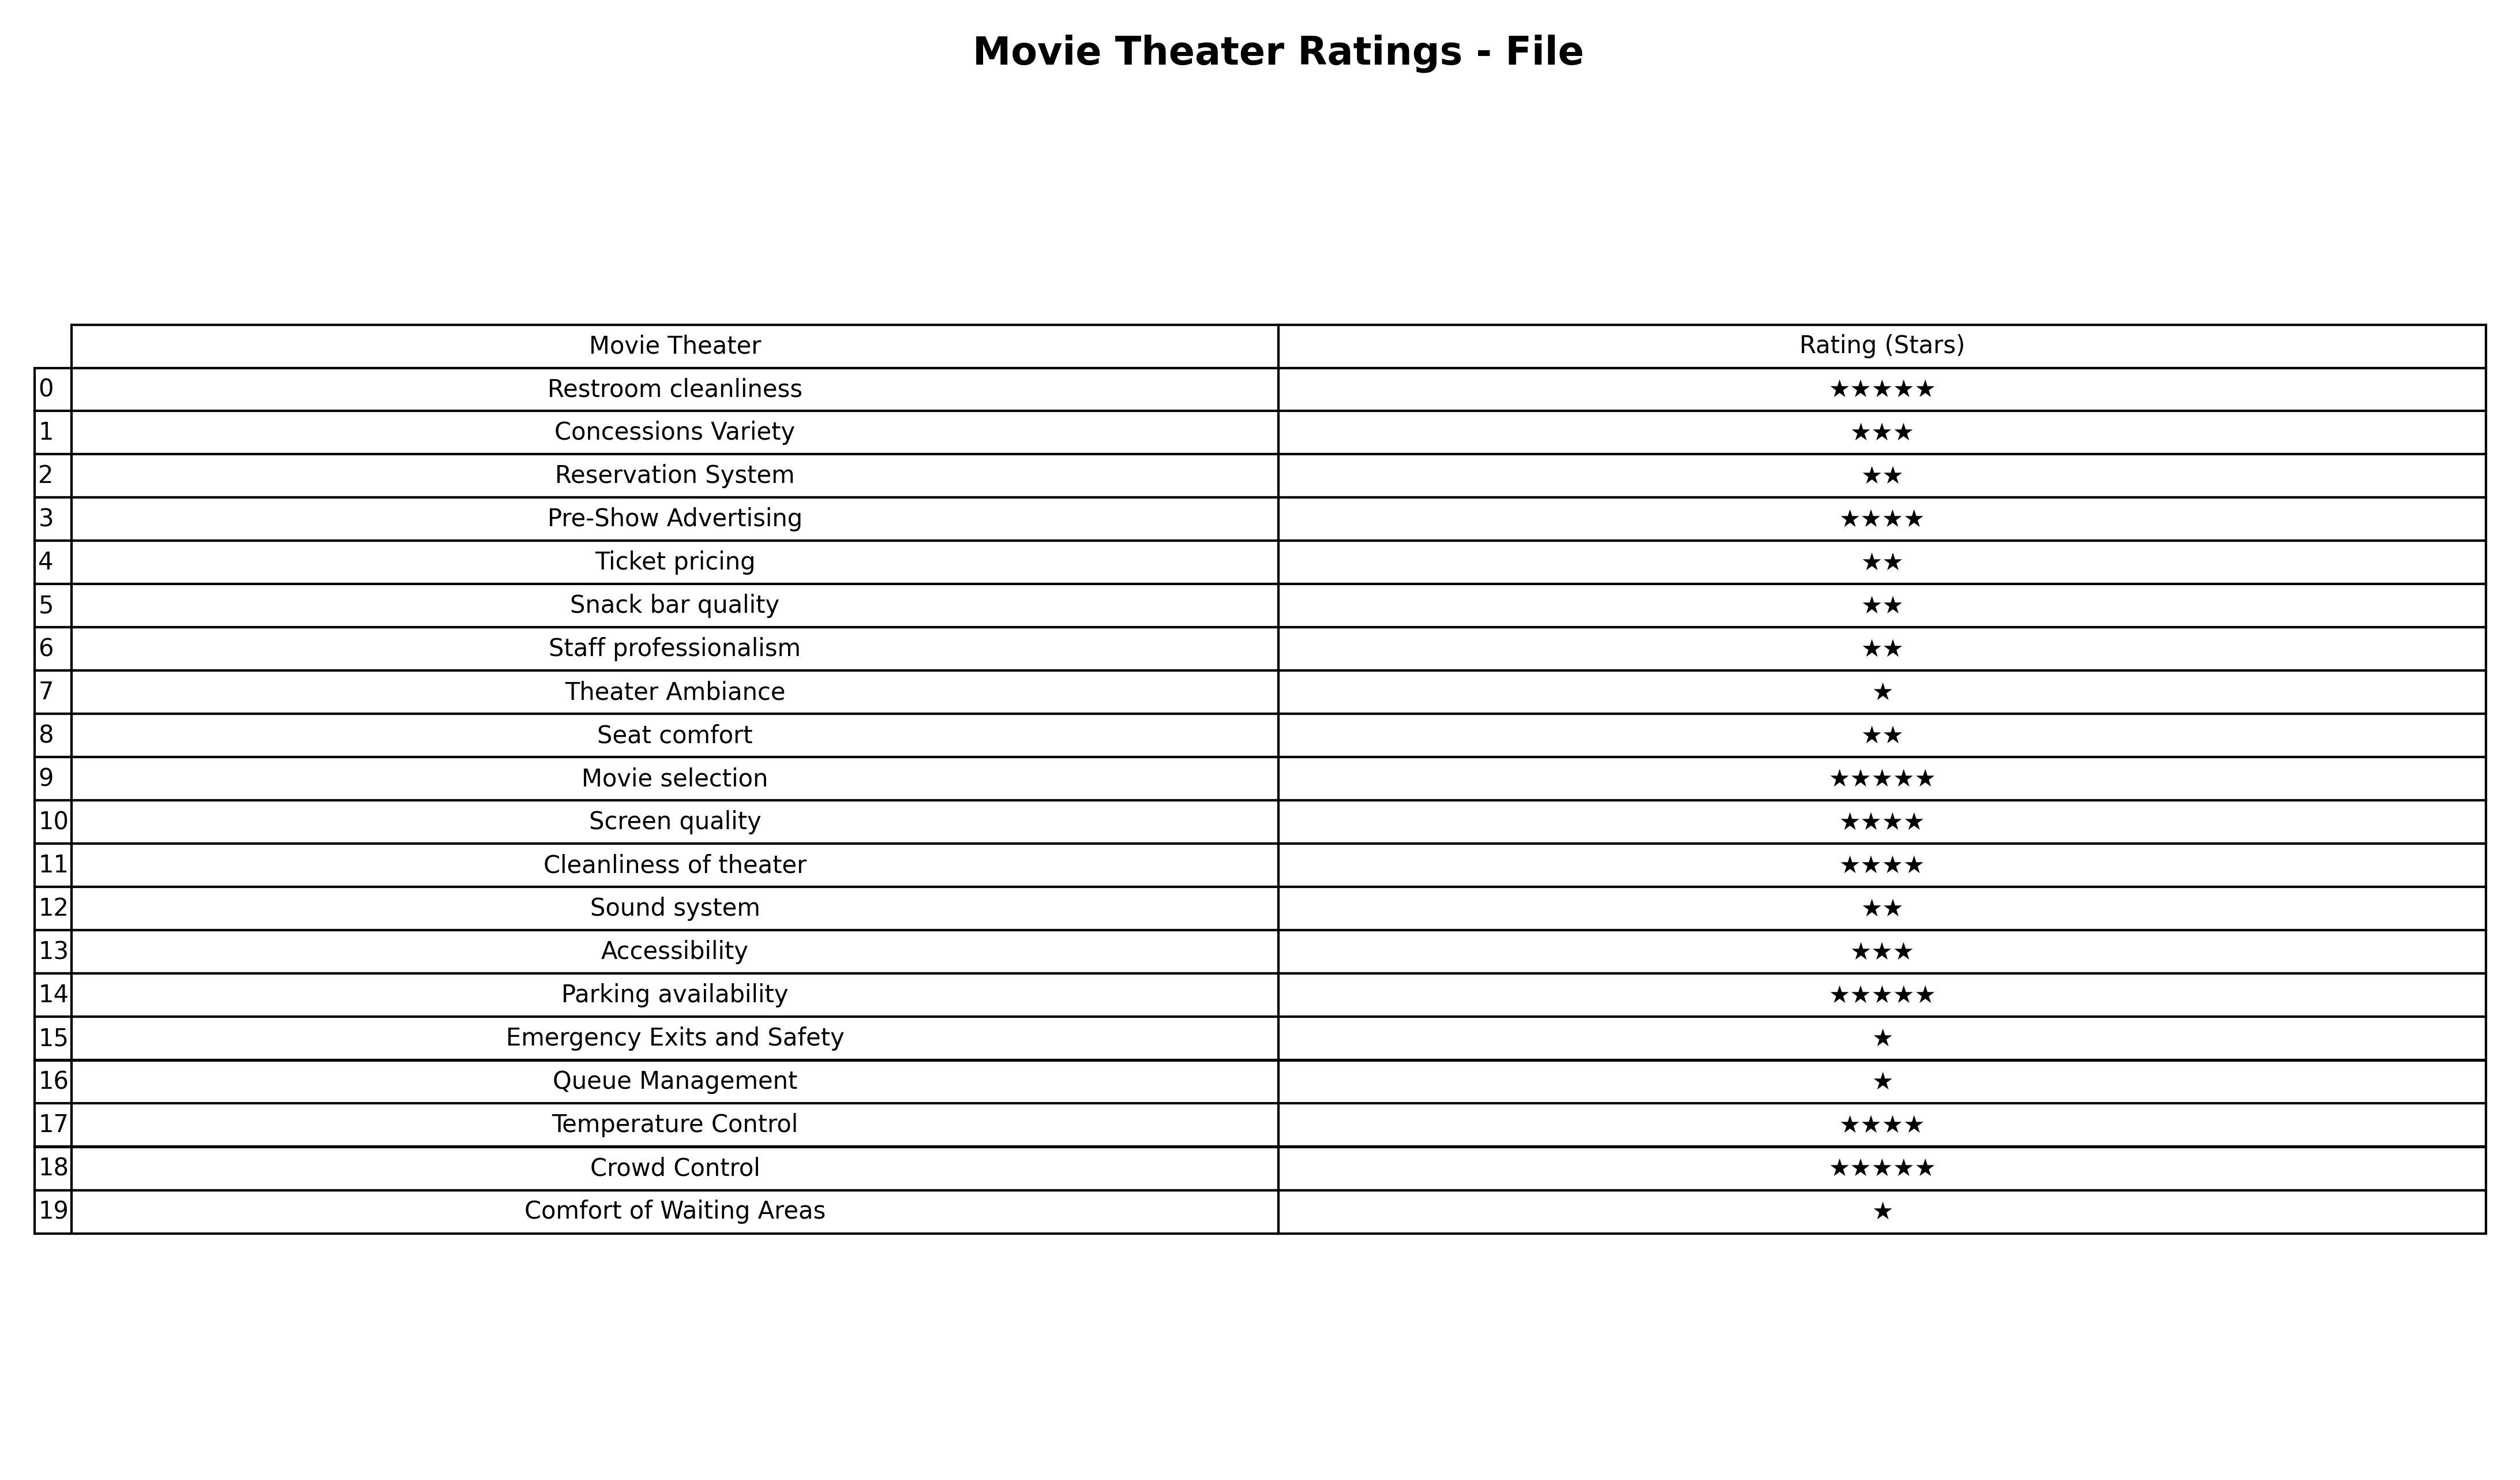
question: What are highest rating services?
answer: Reservation SystemTicket pricingSnack bar qualityStaff professionalismSeat comfortSound system